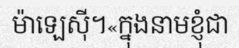
ម៉ាឡេស៊ី។«ក្នុងនាមខ្ញុំជា